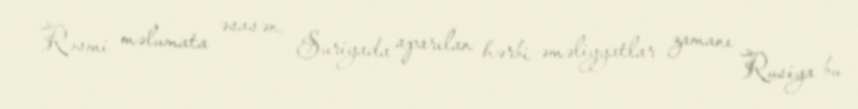
Rəsmi məlumata əsasən, Suriyada aparılan hərbi əməliyyatlar zamanı Rusiya bu